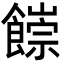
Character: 𩞉